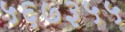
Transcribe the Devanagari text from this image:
५६७३५५